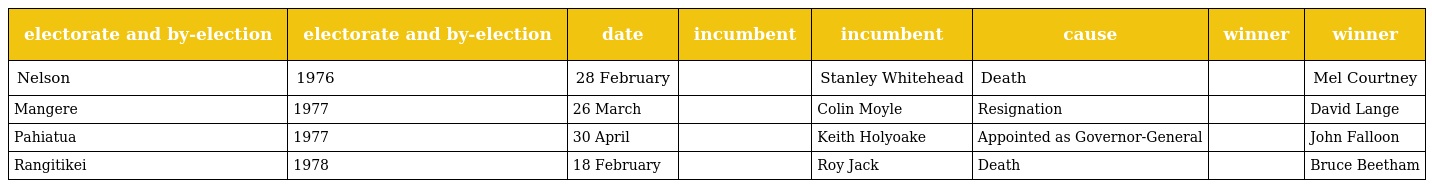
| electorate and by-election | electorate and by-election | date | incumbent | incumbent | cause | winner | winner |
 | --- | --- | --- | --- | --- | --- | --- | --- |
 | Nelson | 1976 | 28 February |  | Stanley Whitehead | Death |  | Mel Courtney |
 | Mangere | 1977 | 26 March |  | Colin Moyle | Resignation |  | David Lange |
 | Pahiatua | 1977 | 30 April |  | Keith Holyoake | Appointed as Governor-General |  | John Falloon |
 | Rangitikei | 1978 | 18 February |  | Roy Jack | Death |  | Bruce Beetham |